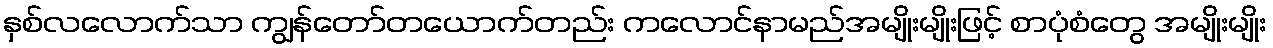
နှစ်လလောက်သာ ကျွန်တော်တယောက်တည်း ကလောင်နာမည်အမျိုးမျိုးဖြင့် စာပုံစံတွေ အမျိုးမျိုး